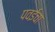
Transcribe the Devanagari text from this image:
पवईचा